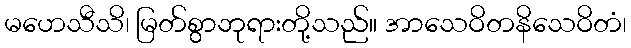
မဟေသီသိ၊ မြတ်စွာဘုရားတို့သည်။ အာသေဝိတနိသေဝိတံ၊